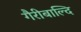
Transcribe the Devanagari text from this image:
गैरीबाल्दि